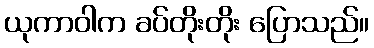
ယုကာဝါက ခပ်တိုးတိုး ပြောသည်။